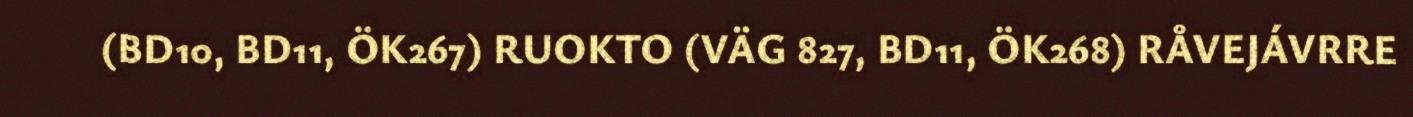
(BD10, BD11, ÖK267) RUOKTO (VÄG 827, BD11, ÖK268) RÅVEJÁVRRE